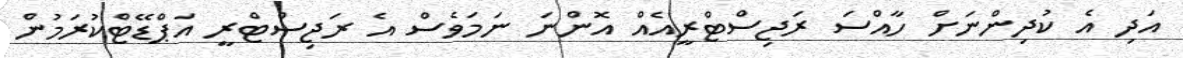
އަދި އެ ކުދިންނަށް ހާއްސަ ރަޖިސްޓްރީއެއް އޮންނަ ނަމަވެސް އެ ރަޖިސްޓްރީ އަޕްޑޭޓްކުރަމުން